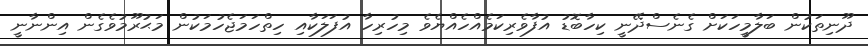
ދޫނިތަކުން ބަލާމީހަކަށް ގެނެސްދޭނީ ކިހާބޮޑު އުފާވެރިކަމެއްހެއްޔެވެ މިހުރިހާ އުފަލަކާއި ހިތްހަމަޖެހުމަކުން މަޙުރޫމުވެގެން އިންނާނީ